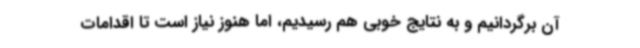
آن برگردانیم و به نتایج خوبی هم رسیدیم، اما هنوز نیاز است تا اقدامات